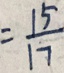
= \frac { 1 5 } { 1 7 }